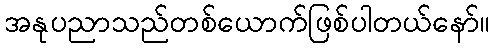
အနုပညာသည်တစ်ယောက်ဖြစ်ပါတယ်နော်။